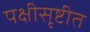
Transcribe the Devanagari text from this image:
पक्षीसृष्टीत